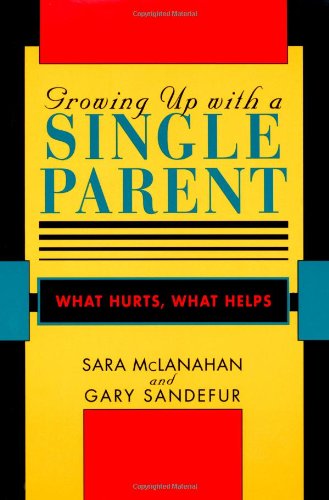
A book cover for Growing Up With a Single Parent: What Hurts, What Helps; Sara McLanahan; Parenting & Relationships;